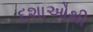
દશાઓથી